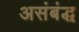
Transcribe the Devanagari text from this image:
असंबंद्ध